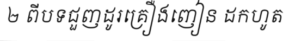
២ ពីបទជួញដូរគ្រឿងញៀន ដកហូត